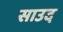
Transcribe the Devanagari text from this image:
साउद